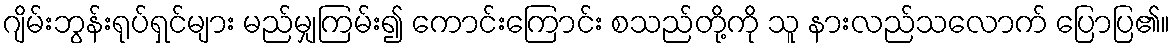
ဂျိမ်းဘွန်းရုပ်ရှင်များ မည်မျှကြမ်း၍ ကောင်းကြောင်း စသည်တို့ကို သူ နားလည်သလောက် ပြောပြ၏။